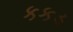
કકડ